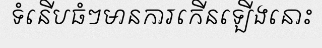
ទំនើបធំៗមានការកើនឡើងនោះ